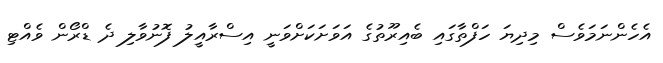
އެހެންނަމަވެސް މިދިޔަ ހަފްތާގައި ބެއިރޫތުގެ އަވަށަކަށްވަނީ އިސްރާއީލު ފޮނުވާލި ދެ ޑްރޯން ވެއްޓި